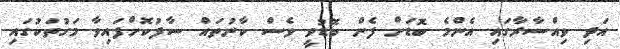
އަދި ވިއްސާރާގައި އެންމެ ބޮޑަށް ފެން ބޮޑުވީ ވެސް ކާނުތައް ސާފުކޮށްފައިވާ މަގުތަކުގައި